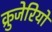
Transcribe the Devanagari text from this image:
क्रुजेरियो